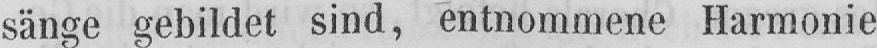
sänge gebildet sind, entnommene Harmonie